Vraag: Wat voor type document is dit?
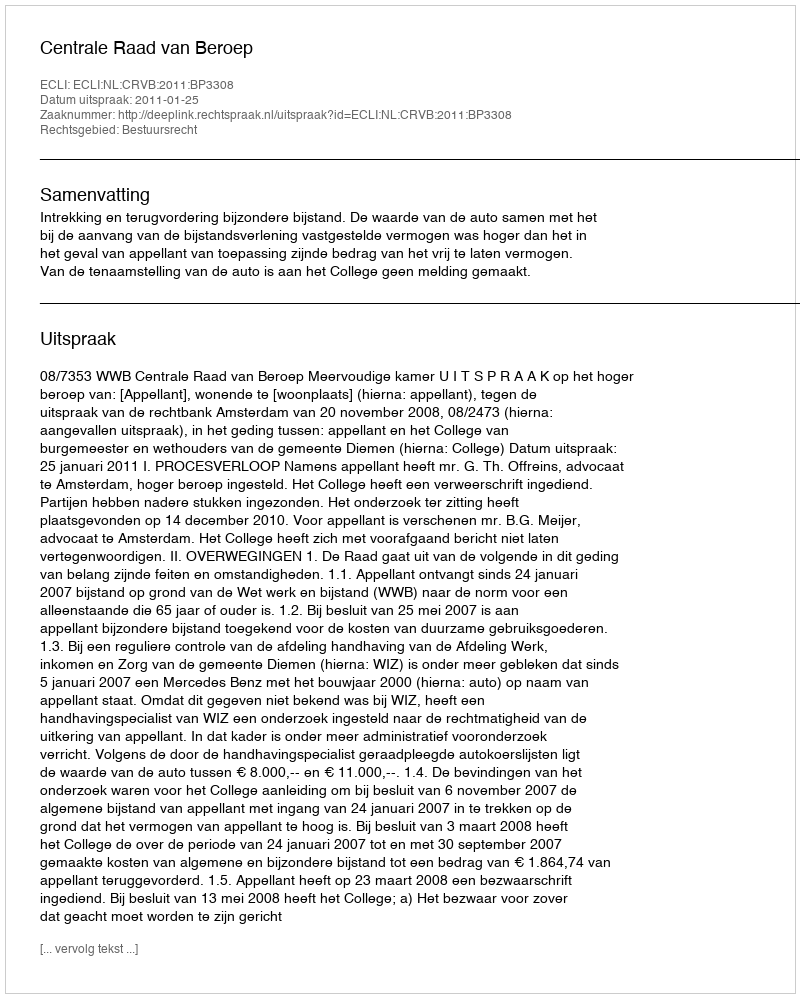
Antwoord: Uitspraak